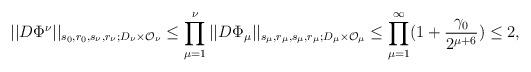
LaTeX: \begin{align*}||D\Phi^{\nu}||_{s_0,r_0,s_{\nu},r_{\nu};D_{\nu}\times\mathcal{O}_{\nu}}\leq\prod_{\mu=1}^{\nu}||D\Phi_{\mu}||_{s_{\mu},r_{\mu},s_{\mu},r_{\mu};D_{\mu}\times\mathcal{O}_{\mu}}\leq\prod_{\mu=1}^{\infty}(1+\frac{\gamma_0}{2^{\mu+6}})\leq2,\end{align*}